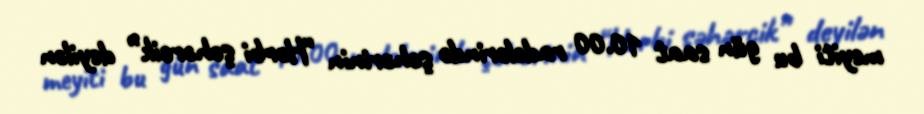
meyiti bu gün saat 10.00 radələrində şəhərinin “Hərbi şəhərcik” deyilən